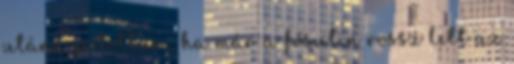
utána pótoltam, ha már a fősulin rossz lett az